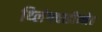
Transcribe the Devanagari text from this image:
थ्लिंगचाडीन्नेह